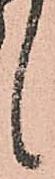
候